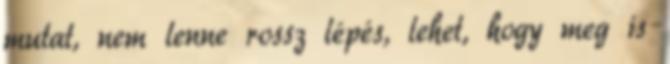
mutat, nem lenne rossz lépés, lehet, hogy meg is